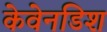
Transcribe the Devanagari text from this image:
केवेनडिश